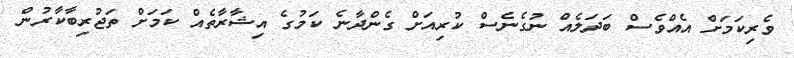
ވެރިކަމަށް އެއްވެސް ބަދަލެއް ނުގެނެސް ކުރިއަށް ގެންދާނެ ކަމުގެ އިޝާރާތެއް ކަމަށް ތަޖުރިބާކާރުން